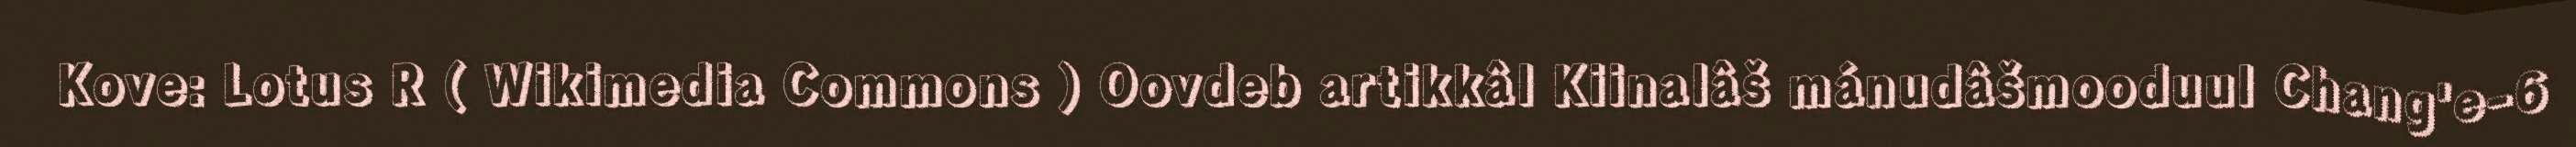
Kove: Lotus R ( Wikimedia Commons ) Oovdeb artikkâl Kiinalâš mánudâšmooduul Chang'e-6